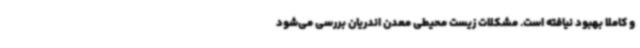
و کاملا بهبود نیافته است. مشکلات زیست محیطی معدن اندریان بررسی می‌شود